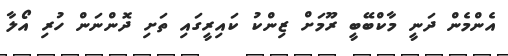
އެންމެން ދަނީ މާކްބޭބީ ރޫމަށް ޒިންކު ކައިރީގައި ތަށި ދޮންނަން ހުރި އޯލާ